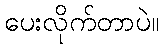
ပေးလိုက်တာပဲ။